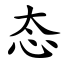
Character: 态